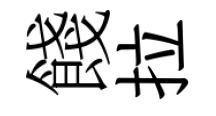
餞拉